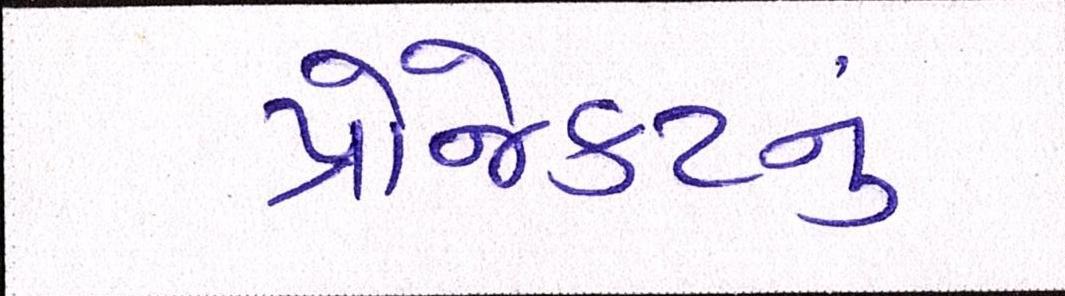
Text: પ્રોજેકટનું